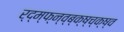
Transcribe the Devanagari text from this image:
र्द्म्फ्न्व्ब्क्ष्च्क्ष्व